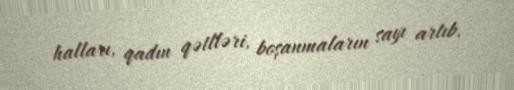
halları, qadın qətlləri, boşanmaların sayı artıb.